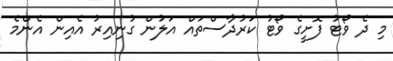
މި ދެ ވޯޓު ފޮށީގެ ވޯޓު ކަރުދާސްތައް އަލުން ގުނިއިރު އެއިން އެންމެ